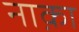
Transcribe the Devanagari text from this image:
नाक़ा